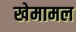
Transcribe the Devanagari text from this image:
खेमामल